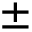
\pm